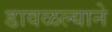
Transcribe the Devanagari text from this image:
डावळल्याने